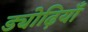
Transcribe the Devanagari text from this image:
ड्योढ़ियाँ